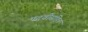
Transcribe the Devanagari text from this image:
पदवीसहित